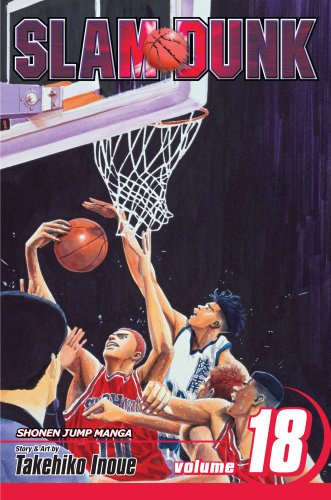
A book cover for Slam Dunk, Vol. 18; Takehiko Inoue; Comics & Graphic Novels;